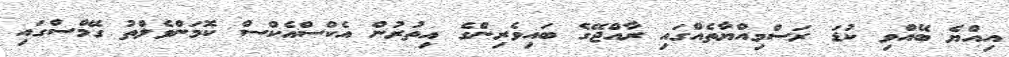
އިއްޔެ ބޭއްވި ކުޑަ ރަސްމިއްޔާތެއްގައި ރާއްޖޭގެ ބައިވެރިންގެ އިތުރުން އެކްސްއެކްސް ކޮމަންވެލްތު ގޭމްސްގައި